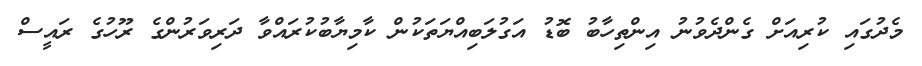
މެދުގައި ކުރިއަށް ގެންދެވުނު އިންތިހާބު ބޮޑު އަގުލަބިއްޔަތަކުން ކާމިޔާބުކުރައްވާ ދަރިވަރުންގެ ރޫހުގެ ރައީސް